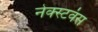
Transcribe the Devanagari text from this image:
नेक्स्टवंस